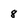
Character: 8